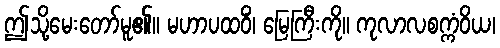
ဤသို့မေးတော်မူ၏။ မဟာပထဝိံ၊ မြေကြီးကို။ ကုလာလစက္ကံဝိယ၊